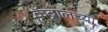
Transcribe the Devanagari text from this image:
कॅब्रालच्या